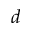
d